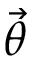
\vec { \theta }